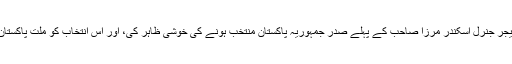
بجٹ پیش کرتے ہوئے آپ نے میجر جنرل اسکندر مرزا صاحب کے پہلے صدر جمہوریہ پاکستان منتخب ہونے کی خوشی ظاہر کی، اور اس انتخاب کو ملتِ پاکستان کے لیے ایک فالِ نیک قرار دیا۔